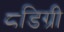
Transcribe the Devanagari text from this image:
८डिग्री